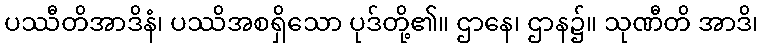
ပဿီတိအာဒိနံ၊ ပဿိအစရှိသော ပုဒ်တို့၏။ ဌာနေ၊ ဌာန၌။ သုဏီတိ အာဒိ၊